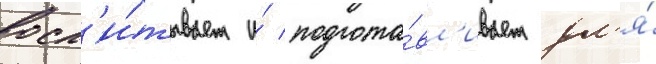
восп'и́тывает и́ подгота́вл'ивает дл'я́